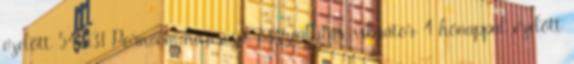
ezelőtt 54:31 Porn.com harisnya, összeállítás, vibrátor 4 hónappal ezelőtt